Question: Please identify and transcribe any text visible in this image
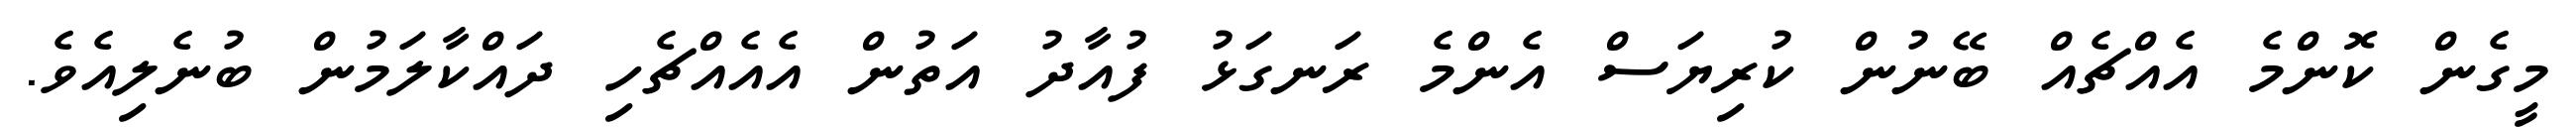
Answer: މީގެން ކޮންމެ އެއްޗެއް ބޭނުން ކުރިޔަސް އެންމެ ރަނގަޅު ފުއާދު އަތުން އެއެއްޗެހި ދައްކާލަމުން ބުނެލިއެވެ.